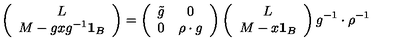
\left( \begin{array} { c } { L } \\ { M - g x g ^ { - 1 } { \bf 1 } _ { B } } \\ \end{array} \right) = \left( \begin{array} { c c } { \tilde { g } } & { 0 } \\ { 0 } & { \rho \cdot g } \\ \end{array} \right) \left( \begin{array} { c } { L } \\ { M - x { \bf 1 } _ { B } } \\ \end{array} \right) g ^ { - 1 } \cdot \rho ^ { - 1 }